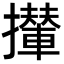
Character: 攆